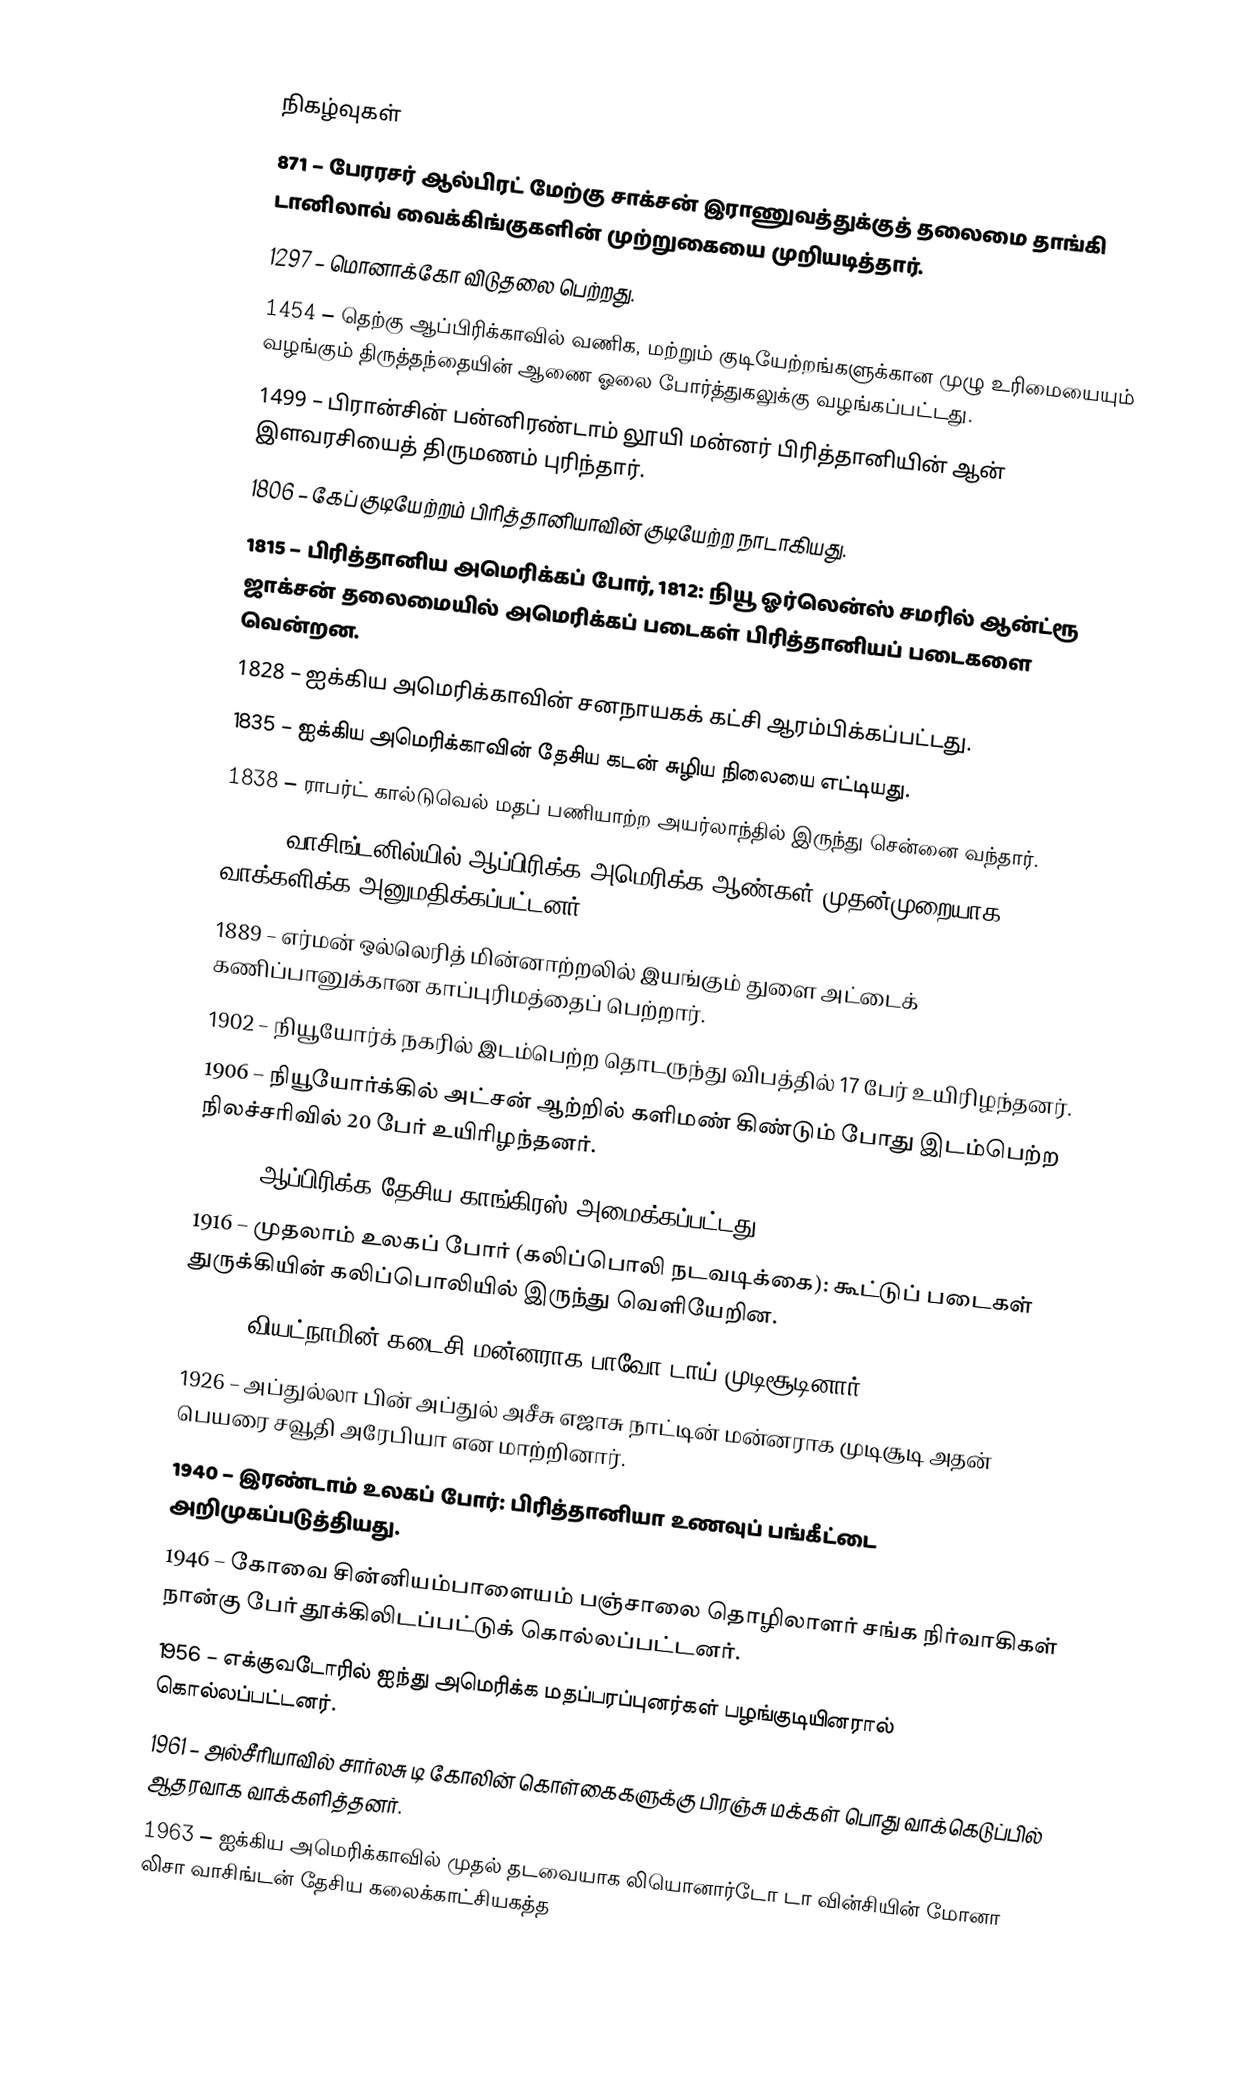

நிகழ்வுகள்
 871 – பேரரசர் ஆல்பிரட் மேற்கு சாக்சன் இராணுவத்துக்குத் தலைமை தாங்கி டானிலாவ் வைக்கிங்குகளின் முற்றுகையை முறியடித்தார்.
1297 – மொனாக்கோ விடுதலை பெற்றது.
1454 – தெற்கு ஆப்பிரிக்காவில் வணிக, மற்றும் குடியேற்றங்களுக்கான முழு உரிமையையும் வழங்கும் திருத்தந்தையின் ஆணை ஓலை போர்த்துகலுக்கு வழங்கப்பட்டது.
1499 – பிரான்சின் பன்னிரண்டாம் லூயி மன்னர் பிரித்தானியின் ஆன் இளவரசியைத் திருமணம் புரிந்தார்.
1806 – கேப் குடியேற்றம் பிரித்தானியாவின் குடியேற்ற நாடாகியது.
1815 – பிரித்தானிய அமெரிக்கப் போர், 1812: நியூ ஓர்லென்ஸ் சமரில் ஆன்ட்ரூ ஜாக்சன் தலைமையில் அமெரிக்கப் படைகள் பிரித்தானியப் படைகளை வென்றன.
1828 – ஐக்கிய அமெரிக்காவின் சனநாயகக் கட்சி ஆரம்பிக்கப்பட்டது.
1835 – ஐக்கிய அமெரிக்காவின் தேசிய கடன் சுழிய நிலையை எட்டியது.
1838 – ராபர்ட் கால்டுவெல் மதப் பணியாற்ற அயர்லாந்தில் இருந்து சென்னை வந்தார்.
1867 – வாசிங்டனில்யில் ஆப்பிரிக்க அமெரிக்க ஆண்கள் முதன்முறையாக வாக்களிக்க அனுமதிக்கப்பட்டனர்.
1889 – எர்மன் ஒல்லெரித் மின்னாற்றலில் இயங்கும் துளை அட்டைக் கணிப்பானுக்கான காப்புரிமத்தைப் பெற்றார்.
1902 – நியூயோர்க் நகரில் இடம்பெற்ற தொடருந்து விபத்தில் 17 பேர் உயிரிழந்தனர்.
1906 – நியூயோர்க்கில் அட்சன் ஆற்றில் களிமண் கிண்டும் போது இடம்பெற்ற நிலச்சரிவில் 20 பேர் உயிரிழந்தனர்.
1912 – ஆப்பிரிக்க தேசிய காங்கிரஸ் அமைக்கப்பட்டது.
1916 – முதலாம் உலகப் போர் (கலிப்பொலி நடவடிக்கை): கூட்டுப் படைகள் துருக்கியின் கலிப்பொலியில் இருந்து வெளியேறின.
1926 – வியட்நாமின் கடைசி மன்னராக பாவோ டாய் முடிசூடினார்.
1926 – அப்துல்லா பின் அப்துல் அசீசு எஜாசு நாட்டின் மன்னராக முடிசூடி அதன் பெயரை சவூதி அரேபியா என மாற்றினார்.
1940 – இரண்டாம் உலகப் போர்: பிரித்தானியா உணவுப் பங்கீட்டை அறிமுகப்படுத்தியது.
1946 – கோவை சின்னியம்பாளையம் பஞ்சாலை தொழிலாளர் சங்க நிர்வாகிகள் நான்கு பேர் தூக்கிலிடப்பட்டுக் கொல்லப்பட்டனர்.
1956 – எக்குவடோரில் ஐந்து அமெரிக்க மதப்பரப்புனர்கள் பழங்குடியினரால் கொல்லப்பட்டனர்.
1961 – அல்சீரியாவில் சார்லசு டி கோலின் கொள்கைகளுக்கு பிரஞ்சு மக்கள் பொது வாக்கெடுப்பில் ஆதரவாக வாக்களித்தனர்.
1963 – ஐக்கிய அமெரிக்காவில் முதல் தடவையாக லியொனார்டோ டா வின்சியின் மோனா லிசா வாசிங்டன் தேசிய கலைக்காட்சியகத்த